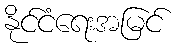
နိုင်ငံရေးအမြင်